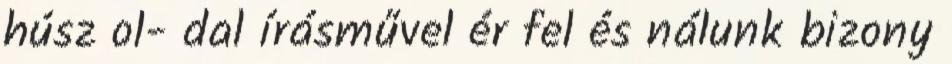
húsz ol- dal írásművel ér fel és nálunk bizony